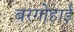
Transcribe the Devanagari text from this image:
बरगोहाईं